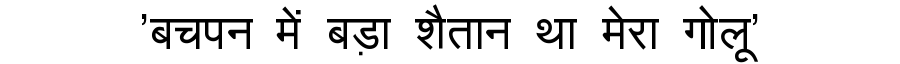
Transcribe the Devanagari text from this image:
'बचपन में बड़ा शैतान था मेरा गोलू'